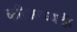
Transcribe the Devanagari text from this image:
करिअरच्याही